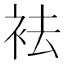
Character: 袪